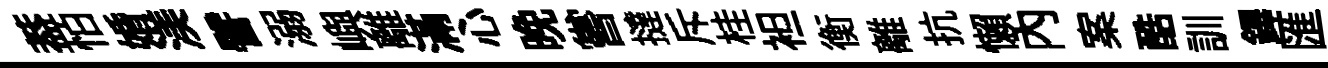
葢怕婚渼譬溺嶼離滿心晚嘗撻斥桂袒衡離抗懶内案酷訓鐸匯